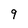
Character: 9